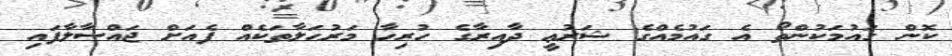
ކޮން ގައުމަކުންތޯ އެ ގައުމެއްގެ ޝަރުޢީ ދާއިރާގެ ހުރިހާ މަރުޙަލާތަކެއް ފެއަށް ޖައްސާލާފައި